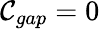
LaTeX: \mathcal{C}_{gap}=0